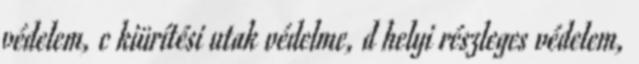
védelem, c kiürítési utak védelme, d helyi részleges védelem,